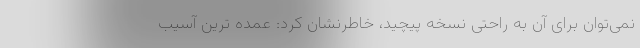
نمی‌توان برای آن به راحتی نسخه پیچید، خاطرنشان کرد: عمده ترین آسیب